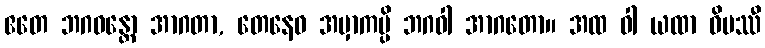
ဧတေ ဘဂဝန္တော အာဂတာ, တေနေဝ အမှာကမ္ပိ ဘဂဝါ အာဂတော။ အထ ဝါ ယထာ ဝိပဿီ